Supplement to the account of plague administration in the Bombay Presidency from September 1896 till May 1897
Year: 1896
Disease focus: Plague
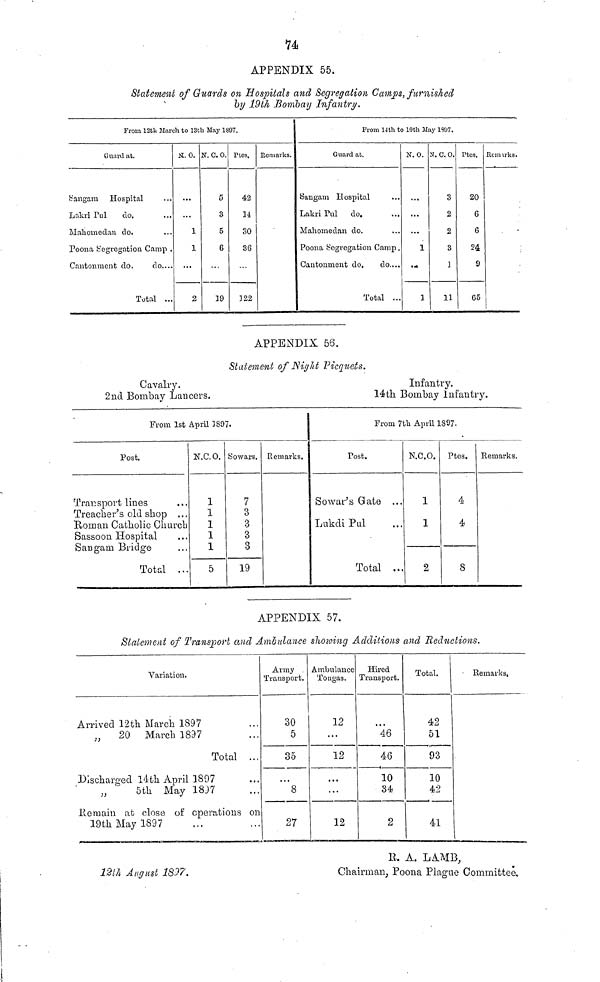
74
APPENDIX 55.
Statement of Guards on Hospitals and Segregation Camps, furnished
by 19th Bombay Infantry,
From 12th March to 13th May 1897.
Guard at.
Sangam Hospital ...
Lakri Pul
do. ...
Mahomedau do.
Poona Segregation Camp .
Cantonment do.
do....
Total ...
N. 0.
1
1
...
2
N. C. 0.
5
3
5
6
19
Ptes.
42
14
30
36
22
Remarks.
From 14th to 19th May 1307.
Guard at.
Sangam Hospital ...
Lakri Pul do.
Mahomedan do.
Poona Segregation Camp .
Cantonment do.
do...
Total ...
N. O.
...
...
1
...
1
N. C. O.
3
2
2
3
1
11
Ptes.
20
6
6
24
9
65
Remuzks.
APPENDIX 56.
Statement of Night Picquets.
Cavalry.
2nd Bombay Lancers.
From 1st April 1897.
Post.
Transport lines ...
Treacher's old shop ...
Roman Catholic Church
Sassoon Hospital ...
Sarigam Bridge ...
Total ...
N.C.O.
1
1
1
1
1
5
Sowars.
7
3
3
3
3
19
Remarks.
Infantry.
14th Bombay Infantry.
From 7th April 1897.
Post.
Sowar's Gate ...
Lukdi Pul ...
Total ...
N.C.O.
1
1
2
Ptes.
4
4
8
Remarks.
APPENDIX 57.
Statement of Transport, and Ambulance showing Additions and Reductions.
Variation.
Arrived 12th March 1897
„
20 March 1897
Total ...
Discharged 14th April 3897
5th May 1897
Remain at close of operations on
19th May 1897 ... ...
Army
Transport.
30
5
35
...
8
27
Ambulance
Tongas.
12
...
12
...
...
12
Hired
Transport.
46
46
10
34
2
Total.
42
51
93
10
42
41
Remarks,
R. A. LAMB,
Chairman, Poona Plague Committee,
12th August 1837.